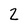
Character: 2